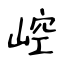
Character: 崆